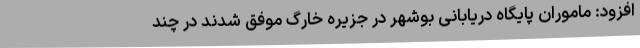
افزود: ماموران پایگاه دریابانی بوشهر در جزیره خارگ موفق شدند در چند